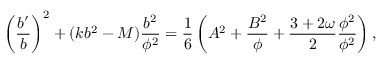
\left( { \frac { b ^ { \prime } } { b } } \right) ^ { 2 } + ( k b ^ { 2 } - M ) { \frac { b ^ { 2 } } { \phi ^ { 2 } } } = { \frac { 1 } { 6 } } \left( A ^ { 2 } + { \frac { B ^ { 2 } } { \phi } } + { \frac { 3 + 2 \omega } { 2 } } { \frac { \phi ^ { 2 } } { \phi ^ { 2 } } } \right) ,